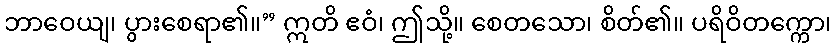
ဘာဝေယျ၊ ပွားစေရာ၏။” ဣတိ ဧဝံ၊ ဤသို့။ စေတသော၊ စိတ်၏။ ပရိဝိတက္ကော၊